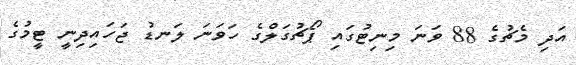
އަދި މެޗުގެ 88 ވަނަ މިނިޓުގައި ޕޯޗުގަލްގެ ހަވަނަ ލަނޑު ޖަހައިދިނީ ޓީމުގެ